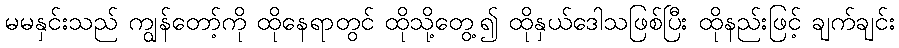
မမနှင်းသည် ကျွန်တော့်ကို ထိုနေရာတွင် ထိုသို့တွေ့၍ ထိုနှယ်ဒေါသဖြစ်ပြီး ထိုနည်းဖြင့် ချက်ချင်း